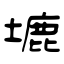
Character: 塶